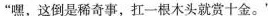
“嘿，这倒是稀奇事，扛一根木头就赏十金。”